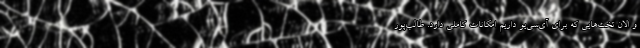
و الان تخت‌هایی که برای آی‌سی‌یو داریم امکانات کاملی دارد. طالب‌پور